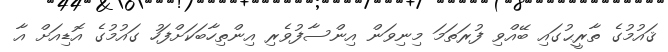
ޤައުމުގެ ތާރީޙުގައި ބޭއްވި ފުރަތަމަ މިނިވަން އިންސާފުވެރި އިންތިހާބަކަށްފަހު ގައުމުގެ އޮޑިއަށް އާ